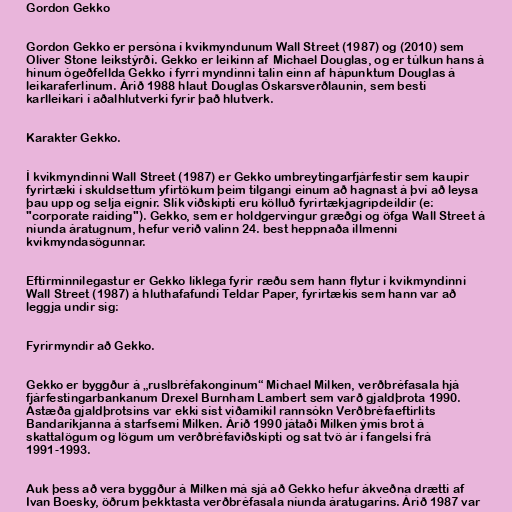
Gordon Gekko

Gordon Gekko er persóna í kvikmyndunum Wall Street (1987) og (2010) sem
Oliver Stone leikstýrði. Gekko er leikinn af Michael Douglas, og er túlkun hans á
hinum ógeðfellda Gekko í fyrri myndinni talin einn af hápunktum Douglas á
leikaraferlinum. Árið 1988 hlaut Douglas Óskarsverðlaunin, sem besti
karlleikari í aðalhlutverki fyrir það hlutverk.

Karakter Gekko.

Í kvikmyndinni Wall Street (1987) er Gekko umbreytingarfjárfestir sem kaupir
fyrirtæki í skuldsettum yfirtökum þeim tilgangi einum að hagnast á því að leysa
þau upp og selja eignir. Slík viðskipti eru kölluð fyrirtækjagripdeildir (e:
"corporate raiding"). Gekko, sem er holdgervingur græðgi og öfga Wall Street á
níunda áratugnum, hefur verið valinn 24. best heppnaða illmenni
kvikmyndasögunnar.

Eftirminnilegastur er Gekko líklega fyrir ræðu sem hann flytur í kvikmyndinni
Wall Street (1987) á hluthafafundi Teldar Paper, fyrirtækis sem hann var að
leggja undir sig:

Fyrirmyndir að Gekko.

Gekko er byggður á „ruslbréfakonginum“ Michael Milken, verðbréfasala hjá
fjárfestingarbankanum Drexel Burnham Lambert sem varð gjaldþrota 1990.
Ástæða gjaldþrotsins var ekki síst viðamikil rannsókn Verðbréfaeftirlits
Bandaríkjanna á starfsemi Milken. Árið 1990 játaði Milken ýmis brot á
skattalögum og lögum um verðbréfaviðskipti og sat tvö ár í fangelsi frá
1991-1993.

Auk þess að vera byggður á Milken má sjá að Gekko hefur ákveðna drætti af
Ivan Boesky, öðrum þekktasta verðbréfasala níunda áratugarins. Árið 1987 var